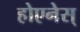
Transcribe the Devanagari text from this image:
होएनेस्